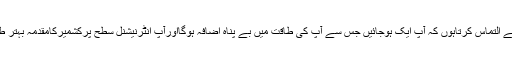
انہوں نے کہاکہ میںآپ سب سے التماس کرتاہوں کہ آپ ایک ہوجائیں جس سے آپ کی طاقت میں بے پناہ اضافہ ہوگااورآپ انٹرنیشنل سطح پرکشمیرکامقدمہ بہتر طریقے سے پیش کرسکتے ہیں۔